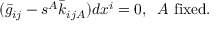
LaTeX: ( \bar { g } _ { i j } - s ^ { A } \bar { k } _ { i j A } ) d x ^ { i } = 0 , \; \; A \mathrm { ~ f i x e d } .